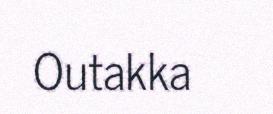
Outakka